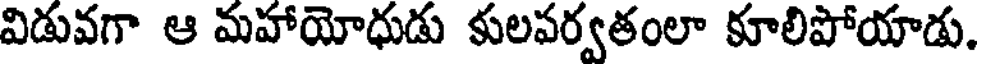
విడువగా ఆ మహాయోధుడు కులపర్వతంలా కూలిపోయాడు.